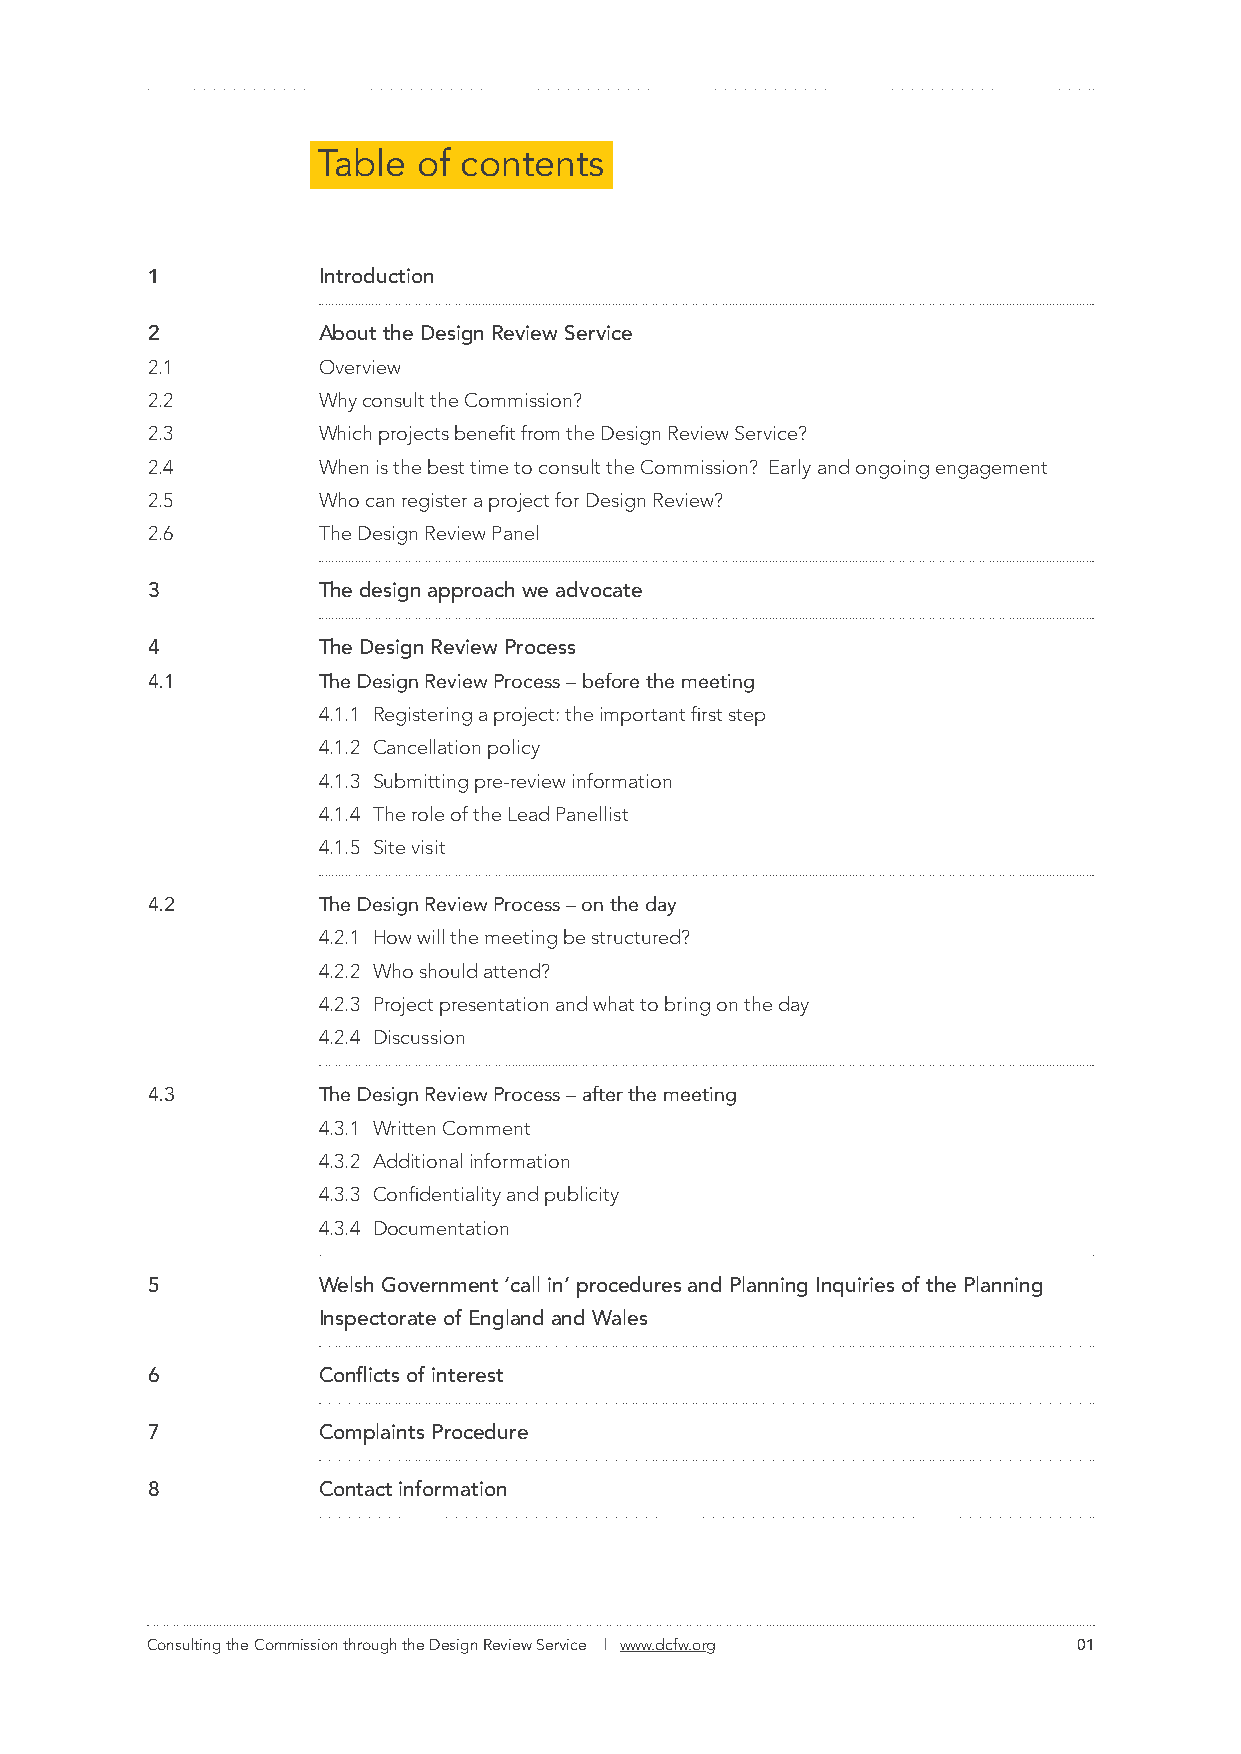
Table  of contents
 1          Introduction
 2          About the Design Review Service
 2.1        Overview
 2.2        Why consult the Commission?
 2.3        Which projects benefit from the Design Review Service?
 2.4        When is the best time to consult the Commission? Early and ongoing engagement
 2.5        Who can register a project for Design Review?
 2.6        The Design Review Panel
 3          The design approach we advocate
 4          The Design Review Process
 4.1        The Design Review Process – before the meeting
 4.1.1 Registering a project: the important first step
 4.1.2 Cancellation policy
 4.1.3 Submitting pre-review information
 4.1.4 The role of the Lead Panellist
 4.1.5 Site visit
 4.2        The Design Review Process – on the day
 4.2.1 How will the meeting be structured?
 4.2.2 Who should attend?
 4.2.3 Project presentation and what to bring on the day
 4.2.4 Discussion
 4.3        The Design Review Process – after the meeting
 4.3.1 Written Comment
 4.3.2 Additional information
 4.3.3 Confidentiality and publicity
 4.3.4 Documentation
 5          Welsh Government ‘call in’ procedures and Planning Inquiries of the Planning
 Inspectorate of England and Wales
 6          Conflicts of interest
 7          Complaints Procedure
 8          Contact information
 Consulting the Commission through the Design Review Service | www.dcfw.org 01